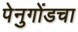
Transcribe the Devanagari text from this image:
पेनुगोंडचा